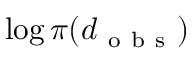
\log \pi ( \boldsymbol { d } _ { \mathrm { ~ o ~ b ~ s ~ } } )